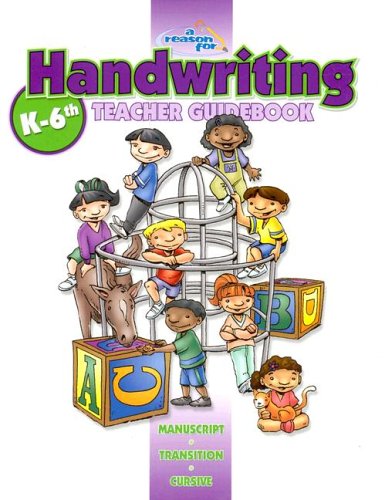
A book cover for A Reason For Handwriting: Comprehensive Guidebook K-6; Carol Ann Retzer; Reference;